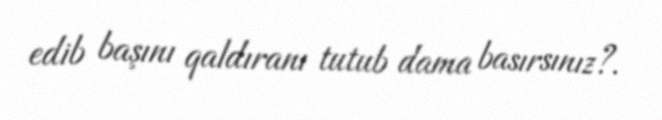
edib başını qaldıranı tutub dama basırsınız?.